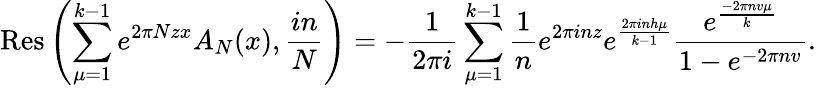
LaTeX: \displaystyle\mathrm{Res}\left(\sum_{\mu=1}^{k-1}e^{2\pi Nzx}A_{N}(x),\frac{in}{N}\right)=-\frac{1}{2\pi i}\sum_{\mu=1}^{k-1}\frac{1}{n}e^{2\pi inz}e^{\frac{2\pi inh\mu}{k-1}}\frac{e^{\frac{-2\pi nv\mu}{k}}}{1-e^{-2\pi nv}}.